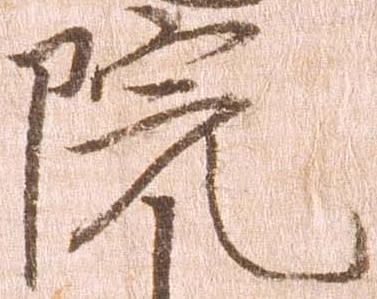
院